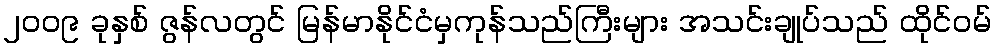
၂၀၀၉ ခုနှစ် ဇွန်လတွင် မြန်မာနိုင်ငံမှကုန်သည်ကြီးများ အသင်းချုပ်သည် ထိုင်ဝမ်